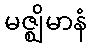
မဇ္ဈိမာနံ